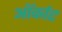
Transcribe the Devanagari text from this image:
ऑर्काट